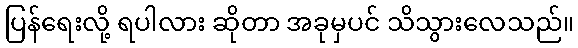
ပြန်ရေးလို့ ရပါလား ဆိုတာ အခုမှပင် သိသွားလေသည်။